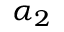
\alpha _ { 2 }